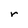
Character: r